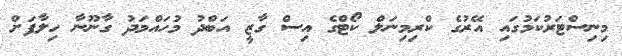
މިނިސްޓަރުކަމުގައި އޭރުގެ ކްރިިމިނަލް ކޯޓްގެ އިސް ގާޒީ އަބްދު މުހައްމަދު ގާނޫނާ ހިލާފަށް